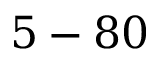
5 - 8 0